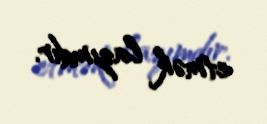
etmək lazımdır.